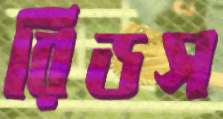
রিডস